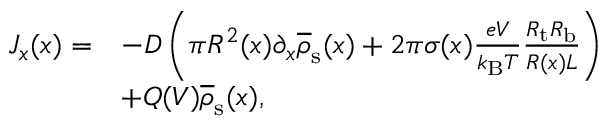
\begin{array} { r l } { J _ { x } ( x ) = } & { - D \left( \pi R ^ { 2 } ( x ) \partial _ { x } \overline { { \rho } } _ { \mathrm { s } } ( x ) + 2 \pi \sigma ( x ) \frac { e V } { k _ { \mathrm { B } } T } \frac { R _ { \mathrm { t } } R _ { \mathrm { b } } } { R ( x ) L } \right) } \\ & { + Q ( V ) \overline { { \rho } } _ { \mathrm { s } } ( x ) , } \end{array}